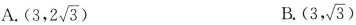
A.( (3,2 \sqrt{3}) B.(3 ,3\sqrt{3})